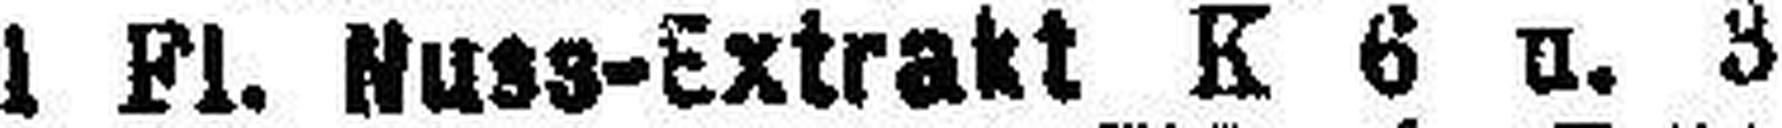
1 Fl. Nuss-Extrakt K 6 u. 3